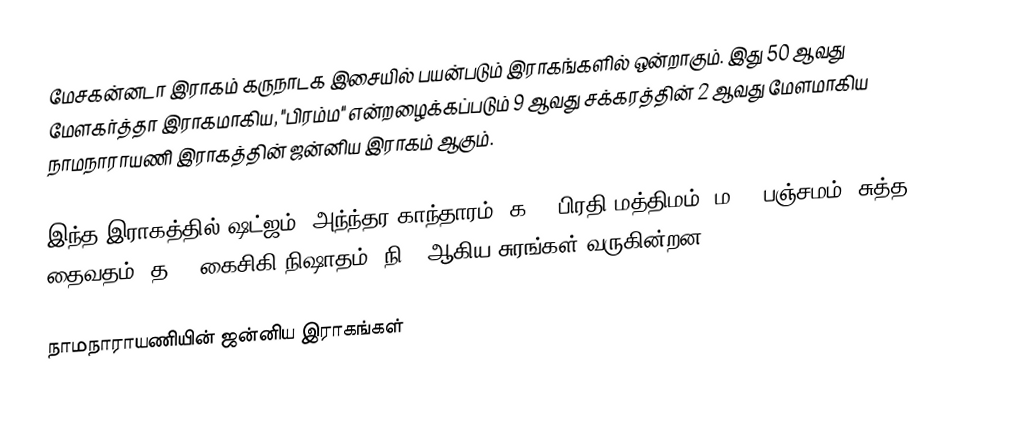
மேசகன்னடா இராகம் கருநாடக இசையில் பயன்படும் இராகங்களில் ஒன்றாகும். இது 50 ஆவது மேளகர்த்தா இராகமாகிய, "பிரம்ம" என்றழைக்கப்படும் 9 ஆவது சக்கரத்தின் 2 ஆவது மேளமாகிய நாமநாராயணி இராகத்தின் ஜன்னிய இராகம் ஆகும்.

இந்த இராகத்தில் ஷட்ஜம், அந்ந்தர காந்தாரம் (க3), பிரதி மத்திமம் (ம2), பஞ்சமம்,  சுத்த தைவதம் (த1), கைசிகி நிஷாதம்  (நி2) ஆகிய சுரங்கள் வருகின்றன.

நாமநாராயணியின் ஜன்னிய இராகங்கள்